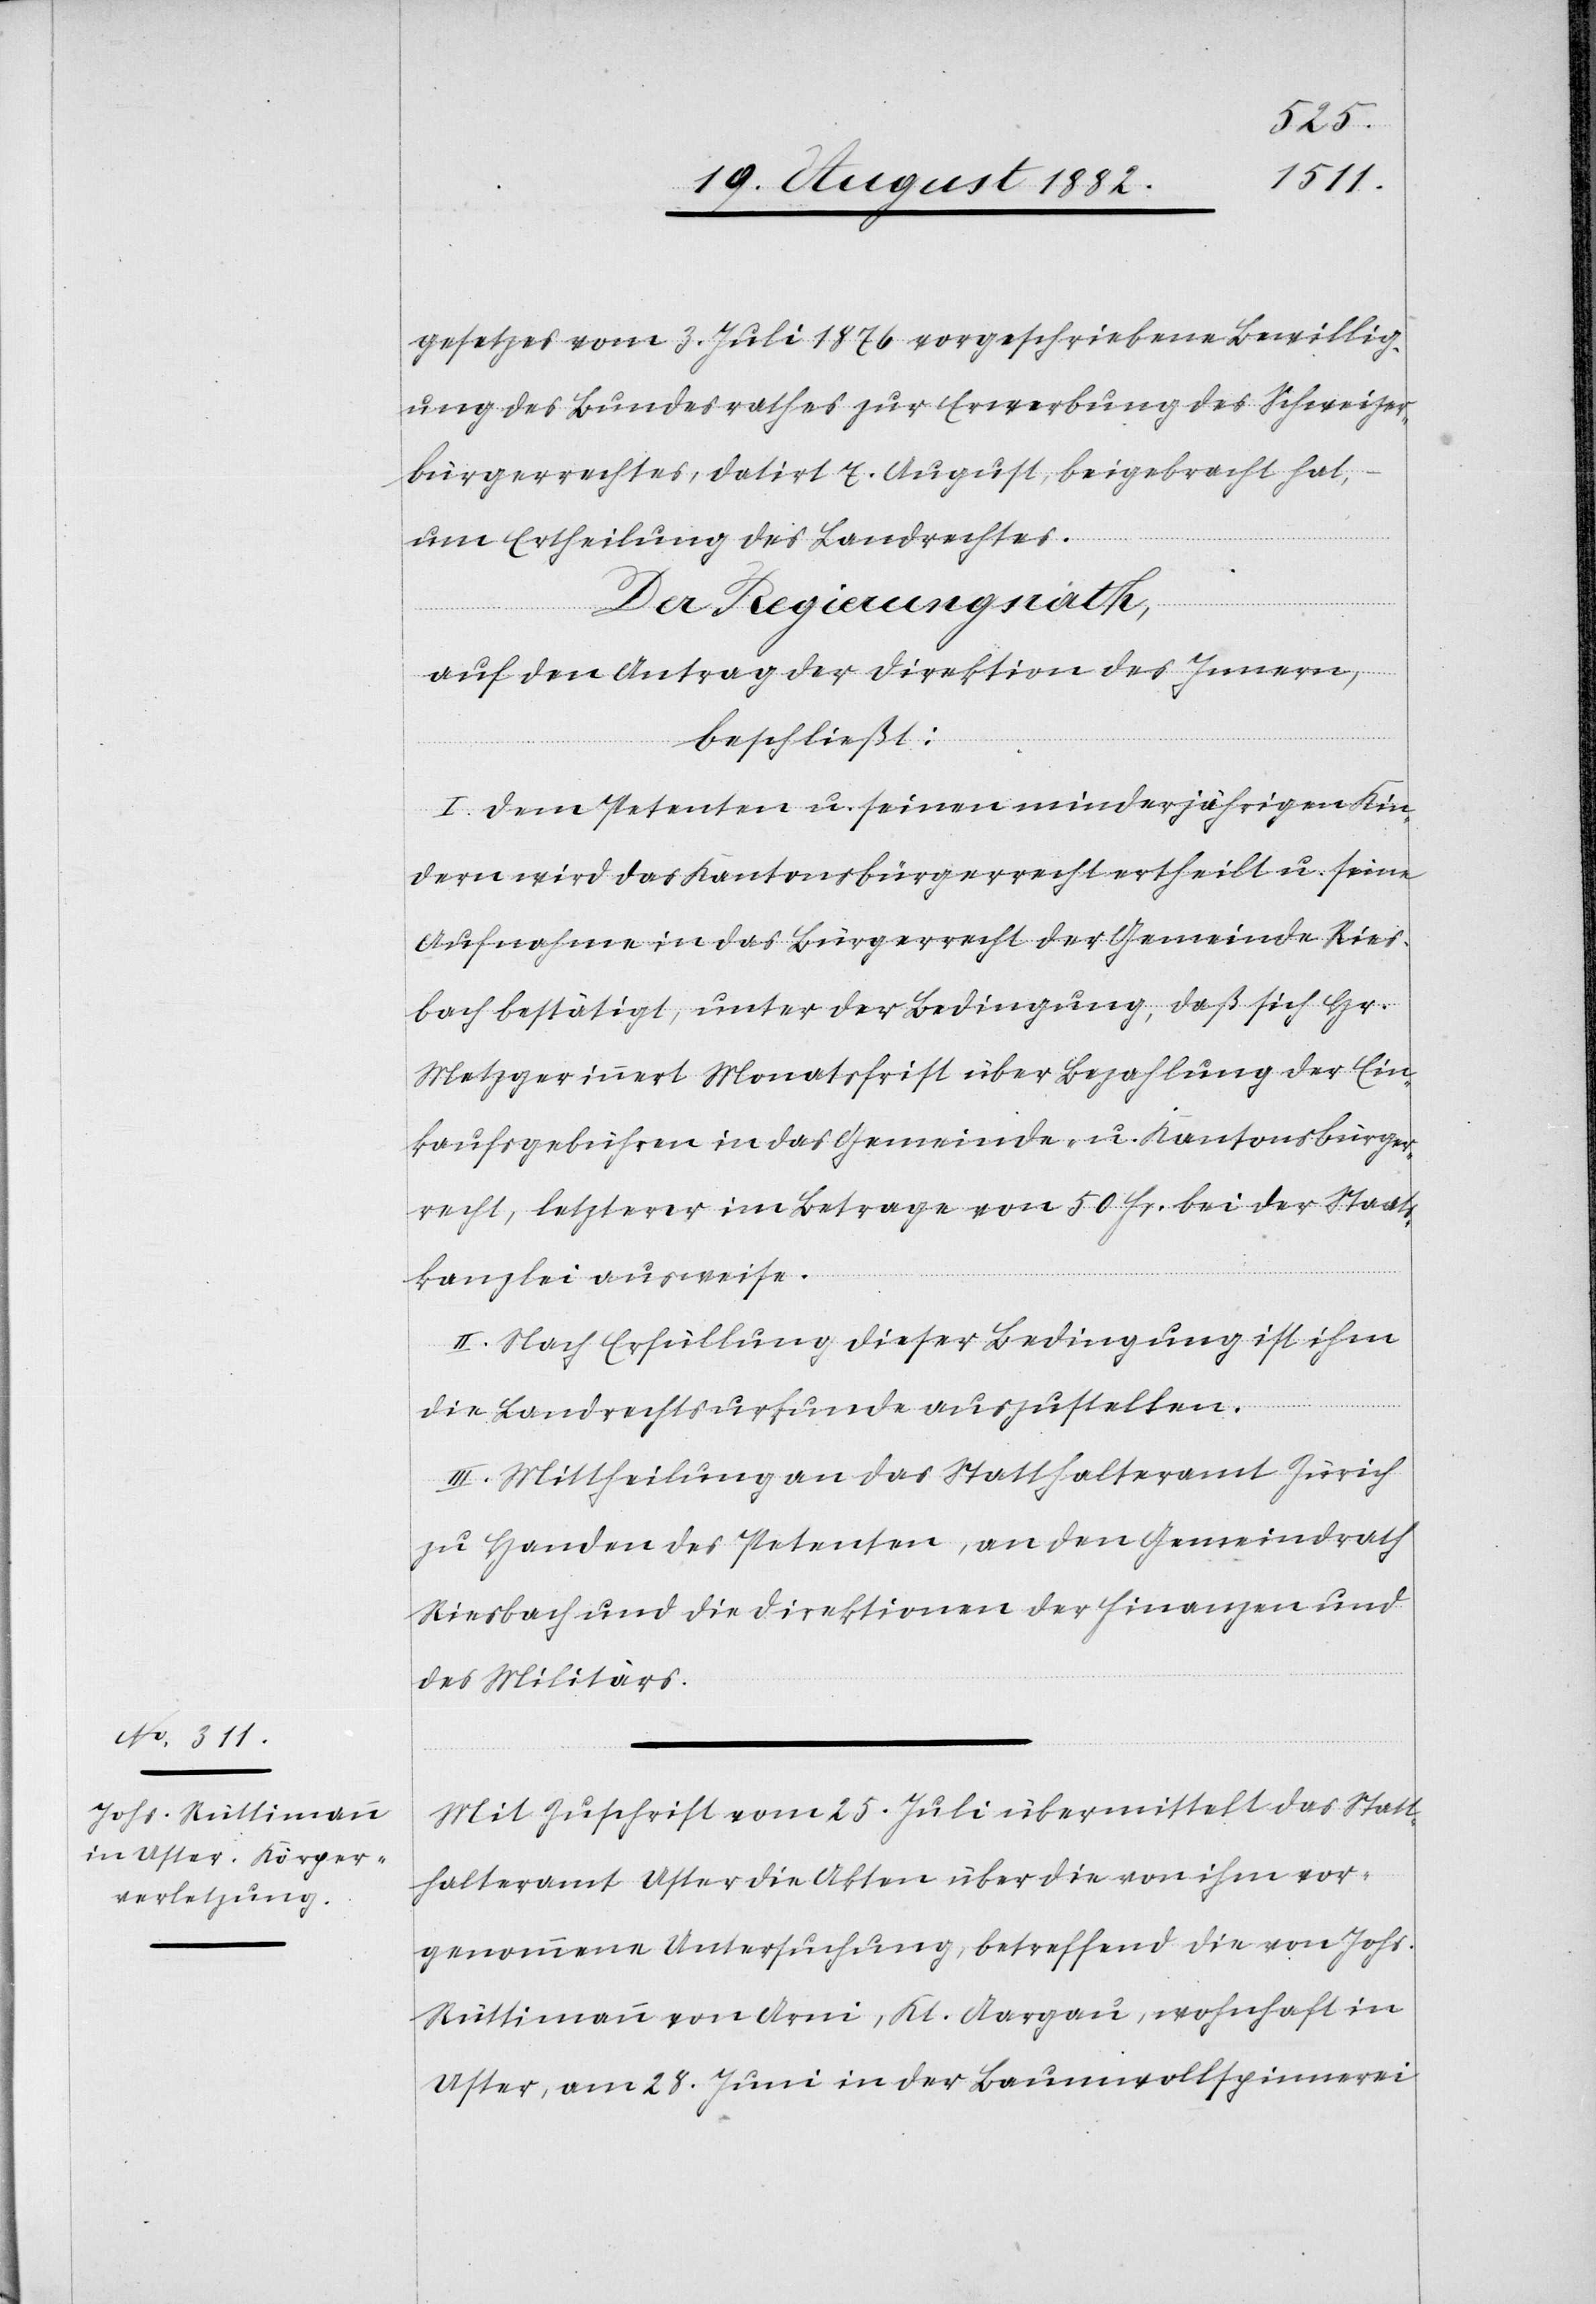
gesetzes vom 3. Juli 1876 vorgeschrieben Bewillig¬
ung des Bundesrathes zur Erwerbung des Schweizer¬
bürgerrechtes, datirt 7. August, beigebracht hat,
um Ertheilung des Landrechtes.
Der Regierungsrath,
auf den Antrag der Direktion des Innern,
beschließt:
I. Dem Petenten u. seinen minderjährigen Kin¬
dern wird das Kantonsbürgerrecht ertheilt u. seine
Aufnahme in das Bürgerrecht der Gemeinde Ries¬
bach bestätigt, unter der Bedingung, daß sich Hr.
Metzger innert Monatsfrist über Bezahlung der Ein¬
kaufsgebühren in das Gemeinde- u. Kantonsbürger¬
recht, letzterer im Betrage von 50 Fr. bei der Staats¬
kanzlei ausweise.
II. Nach Erfüllung dieser Bedingung ist ihm
die Landrechtsurkunde auszustellen.
III. Mittheilung an das Statthalteramt Zürich
zu Handen des Petenten, an den Gemeindrath
Riesbach und die Direktionen des Innern und
des Militärs.
Mit Zuschrift vom 25. Juli übermittelt das Statt¬
halteramt Uster die Akten über die von ihm vor¬
genommene Untersuchung, betreffend die von Johs.
Rüttimann von Arni, Kt. Aargau, wohnhaft in
Uster, am 28. Juni in der Baumwollspinnerei